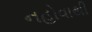
નહોવાથી